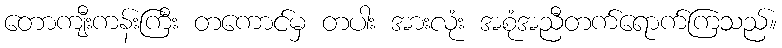
တောကျီးကန်းကြီး တကောင်မှ တပါး အားလုံး အစုံအညီတက်ရောက်ကြသည်။